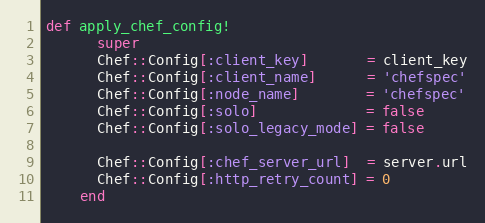
Language: Ruby
def apply_chef_config!
      super
      Chef::Config[:client_key]       = client_key
      Chef::Config[:client_name]      = 'chefspec'
      Chef::Config[:node_name]        = 'chefspec'
      Chef::Config[:solo]             = false
      Chef::Config[:solo_legacy_mode] = false

      Chef::Config[:chef_server_url]  = server.url
      Chef::Config[:http_retry_count] = 0
    end